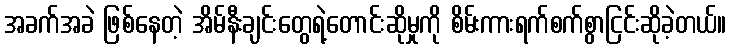
အခက်အခဲ ဖြစ်နေတဲ့ အိမ်နီးချင်းတွေရဲ့တောင်းဆိုမှုကို စိမ်းကားရက်စက်စွာငြင်းဆိုခဲ့တယ်။